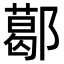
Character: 𨞛